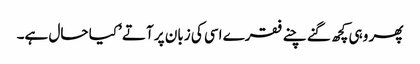
پھر وہی کچھ گنے چنے فقرے اسی کی زبان پر آتے ’کیا حال ہے۔